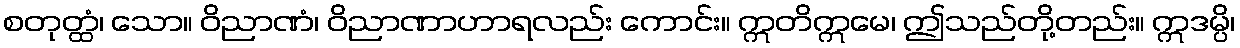
စတုတ္ထံ၊ သော။ ဝိညာဏံ၊ ဝိညာဏာဟာရလည်း ကောင်း။ ဣတိဣမေ၊ ဤသည်တို့တည်း။ ဣဒမ္ပိ၊